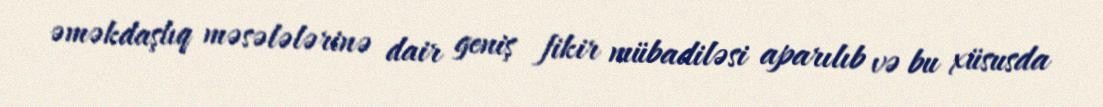
əməkdaşlıq məsələlərinə dair geniş fikir mübadiləsi aparılıb və bu xüsusda